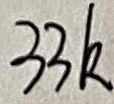
Text: 33K